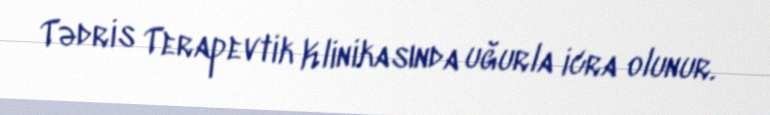
Tədris Terapevtik Klinikasında uğurla icra olunur.